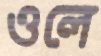
ওলে